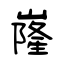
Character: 嶐